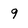
Character: 9